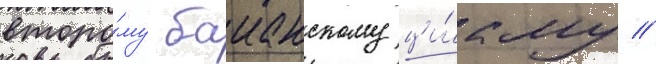
второ́му баианскому ци́клу //